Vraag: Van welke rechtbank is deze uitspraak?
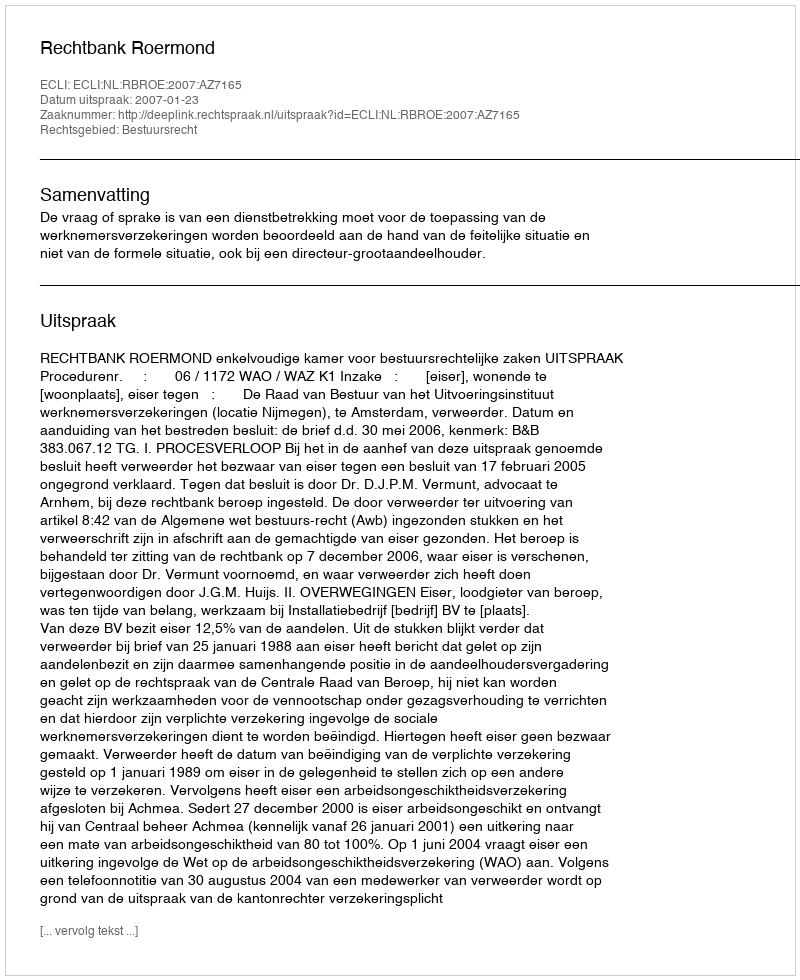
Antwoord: Rechtbank Roermond